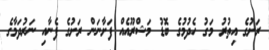
ރަށުގެ އިތުރު މަގު ހެދުމުގެ ބޮޑު މަޝްރޫއެއް ފަށާނަން ރަށުގެ ފެނާއި ނަރުދަމާގެ